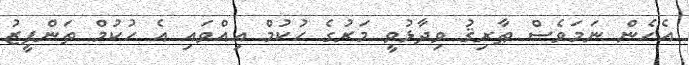
އެހެން ނަމަވެސް ޠާރިޤު ވިދާޅުވީ މަރުގެ ހުކުމް އިއްވައި އެ ހުކުމް ތަންފީޒު